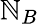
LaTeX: \mathbb{N}_{B}